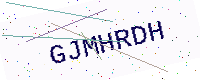
Text: GJMHRDH